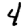
Digit: 4